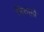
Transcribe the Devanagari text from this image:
निरुक्तों